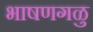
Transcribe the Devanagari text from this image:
भाषणगळु